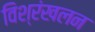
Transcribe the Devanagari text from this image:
विश्रंखलन